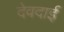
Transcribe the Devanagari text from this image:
देवदाई